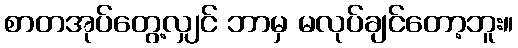
စာတအုပ်တွေ့လျှင် ဘာမှ မလုပ်ချင်တော့ဘူး။